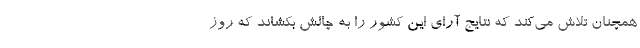
همچنان تلاش می‌کند که نتایج آرای این کشور را به چالش بکشاند که روز